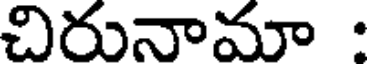
చిరునామా :